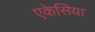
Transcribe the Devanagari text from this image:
एकेसिया